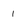
Character: 1